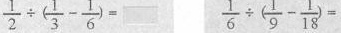
$$\frac { 1 } { 2 } \div ( \frac { 1 } { 3 } - \frac { 1 } { 6 } ) =$$ $$\frac { 1 } { 6 } \div ( \frac { 1 } { 9 } - \frac { 1 } { 1 8 } ) =$$